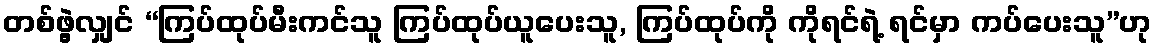
တစ်ဖွဲ့လျှင် “ကြပ်ထုပ်မီးကင်သူ ကြပ်ထုပ်ယူပေးသူ, ကြပ်ထုပ်ကို ကိုရင်ရဲ့ ရင်မှာ ကပ်ပေးသူ”ဟု